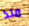
منذ